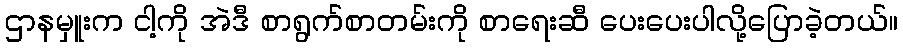
ဌာနမှူးက ငါ့ကို အဲဒီ စာရွက်စာတမ်းကို စာရေးဆီ ပေးပေးပါလို့ပြောခဲ့တယ်။